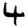
Digit: 4